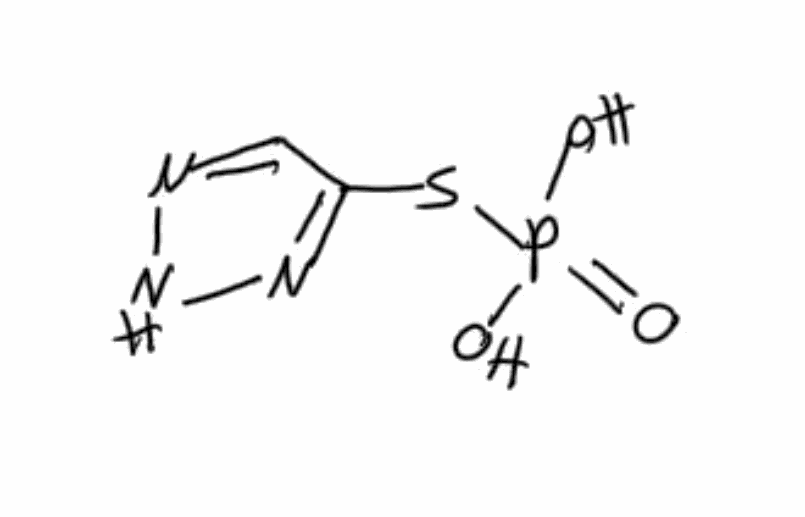
Simplified molecular-input line-entry system (SMILES) notation of the given molecule:
C1=NNN=C1SP(=O)(O)O